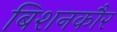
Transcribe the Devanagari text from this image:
बिशनकौर